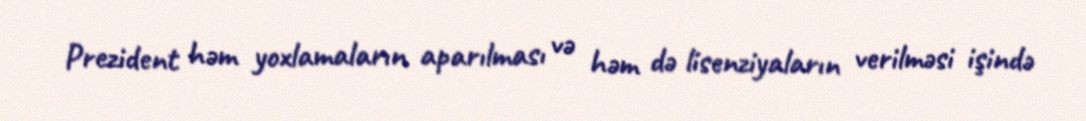
Prezident həm yoxlamaların aparılması və həm də lisenziyaların verilməsi işində